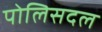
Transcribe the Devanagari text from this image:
पोलिसदल